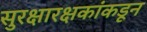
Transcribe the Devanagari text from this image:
सुरक्षारक्षकांकडून